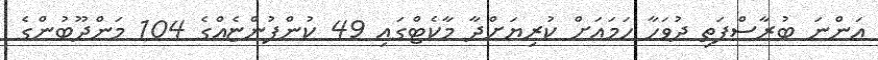
އަންނަ ބުރާސްފަތި ދުވަހާ ހަމައަށް ކުރިޔަށްދާ މާކެޓްގައި 49 ކުންފުންޏެއްގެ 104 މަންދޫބުންގެ